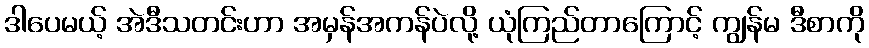
ဒါပေမယ့် အဲဒီသတင်းဟာ အမှန်အကန်ပဲလို့ ယုံကြည်တာကြောင့် ကျွန်မ ဒီစာကို